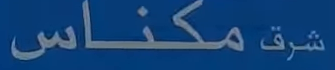
مكنااس شرق